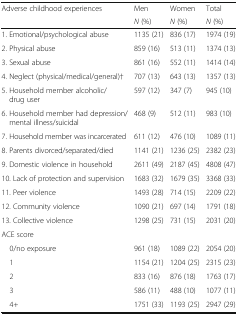
<table><thead><tr><td rowspan="2"><b>Adverse childhood experiences</b></td><td><b>Men</b></td><td><b>Women</b></td><td><b>Total</b></td></tr><tr><td><b><i>N</i> (%)</b></td><td><b><i>N</i> (%)</b></td><td><b><i>N</i> (%)</b></td></tr></thead><tbody><tr><td>1. Emotional/psychological abuse</td><td>1135 (21)</td><td>836 (17)</td><td>1974 (19)</td></tr><tr><td>2. Physical abuse</td><td>859 (16)</td><td>513 (11)</td><td>1374 (13)</td></tr><tr><td>3. Sexual abuse</td><td>861 (16)</td><td>552 (11)</td><td>1414 (14)</td></tr><tr><td>4. Neglect (physical/medical/general)†</td><td>707 (13)</td><td>643 (13)</td><td>1357 (13)</td></tr><tr><td>5. Household member alcoholic/drug user</td><td>597 (12)</td><td>347 (7)</td><td>945 (10)</td></tr><tr><td>6. Household member had depression/mental illness/suicidal</td><td>468 (9)</td><td>512 (11)</td><td>983 (10)</td></tr><tr><td>7. Household member was incarcerated</td><td>611 (12)</td><td>476 (10)</td><td>1089 (11)</td></tr><tr><td>8. Parents divorced/separated/died</td><td>1141 (21)</td><td>1236 (25)</td><td>2382 (23)</td></tr><tr><td>9. Domestic violence in household</td><td>2611 (49)</td><td>2187 (45)</td><td>4808 (47)</td></tr><tr><td>10. Lack of protection and supervision</td><td>1683 (32)</td><td>1679 (35)</td><td>3368 (33)</td></tr><tr><td>11. Peer violence</td><td>1493 (28)</td><td>714 (15)</td><td>2209 (22)</td></tr><tr><td>12. Community violence</td><td>1090 (21)</td><td>697 (14)</td><td>1791 (18)</td></tr><tr><td>13. Collective violence</td><td>1298 (25)</td><td>731 (15)</td><td>2031 (20)</td></tr><tr><td colspan="4">ACE score</td></tr><tr><td> 0/no exposure</td><td>961 (18)</td><td>1089 (22)</td><td>2054 (20)</td></tr><tr><td> 1</td><td>1154 (21)</td><td>1204 (25)</td><td>2315 (23)</td></tr><tr><td> 2</td><td>833 (16)</td><td>876 (18)</td><td>1763 (17)</td></tr><tr><td> 3</td><td>586 (11)</td><td>488 (10)</td><td>1077 (11)</td></tr><tr><td> 4+</td><td>1751 (33)</td><td>1193 (25)</td><td>2947 (29)</td></tr></tbody></table>